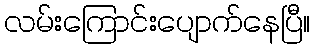
လမ်းကြောင်းပျောက်နေပြီ။